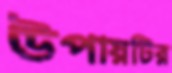
উপায়টির